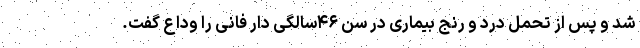
شد و پس از تحمل درد و رنج بیماری در سن ۴۶سالگی دار فانی را وداع گفت.